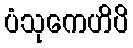
ပံသုကေဟိပိ